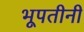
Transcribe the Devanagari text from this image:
भूपतीनी